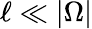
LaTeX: \ell\ll|\Omega|